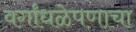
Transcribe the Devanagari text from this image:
वर्गांधळेपणाचा